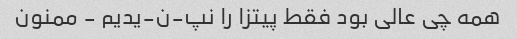
همه چی عالی بود فقط پیتزا را نپ-ن-یدیم - ممنون